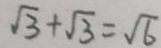
\sqrt { 3 } + \sqrt { 3 } = \sqrt { 6 }